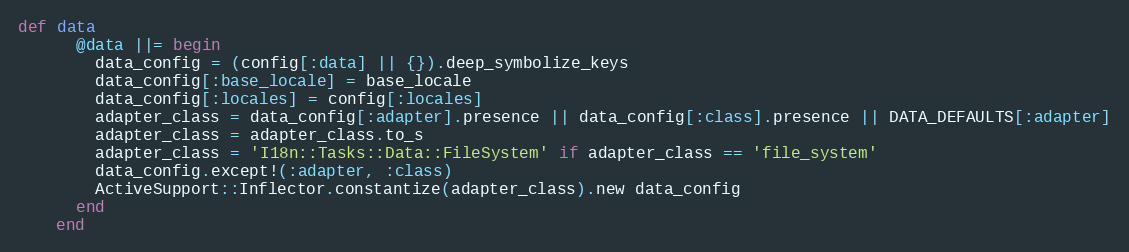
Language: Ruby
def data
      @data ||= begin
        data_config = (config[:data] || {}).deep_symbolize_keys
        data_config[:base_locale] = base_locale
        data_config[:locales] = config[:locales]
        adapter_class = data_config[:adapter].presence || data_config[:class].presence || DATA_DEFAULTS[:adapter]
        adapter_class = adapter_class.to_s
        adapter_class = 'I18n::Tasks::Data::FileSystem' if adapter_class == 'file_system'
        data_config.except!(:adapter, :class)
        ActiveSupport::Inflector.constantize(adapter_class).new data_config
      end
    end